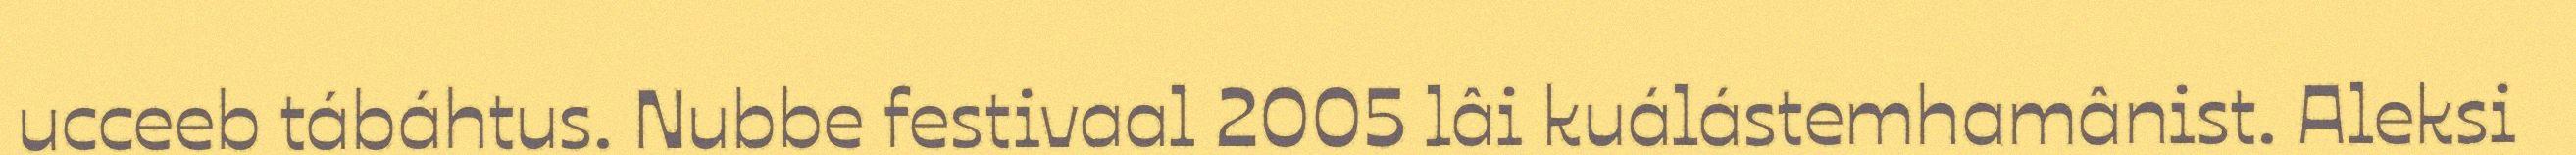
ucceeb tábáhtus. Nubbe festivaal 2005 lâi kuálástemhamânist. Aleksi